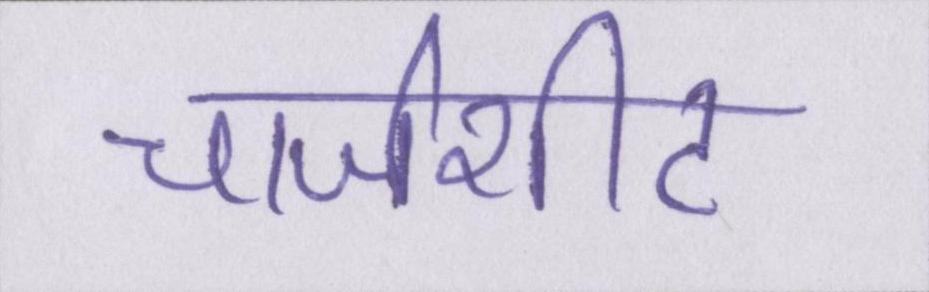
चार्जशीट